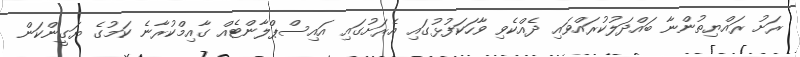
ރަށު ރައްޔިތުންނާ ބައްދަލުކުރައްވައި ދެއްކެވި ވާހަކަފުޅުގައި އެރަށުގައި އައިސްޕްލާންޓެއް ގާއިމްކުރާނެ ކަމުގެ ޔަގީންކަން